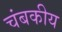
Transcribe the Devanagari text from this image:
चंबकीय